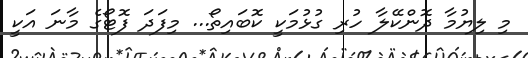
މި ލިޔުމާ ދޮންކޭލާ ހުރި ގުޅުމަކީ ކޮބައިތޯ... މިފަދަ ފޮޓޯގެ މާނަ އަކީ